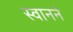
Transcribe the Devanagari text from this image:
स्वानने